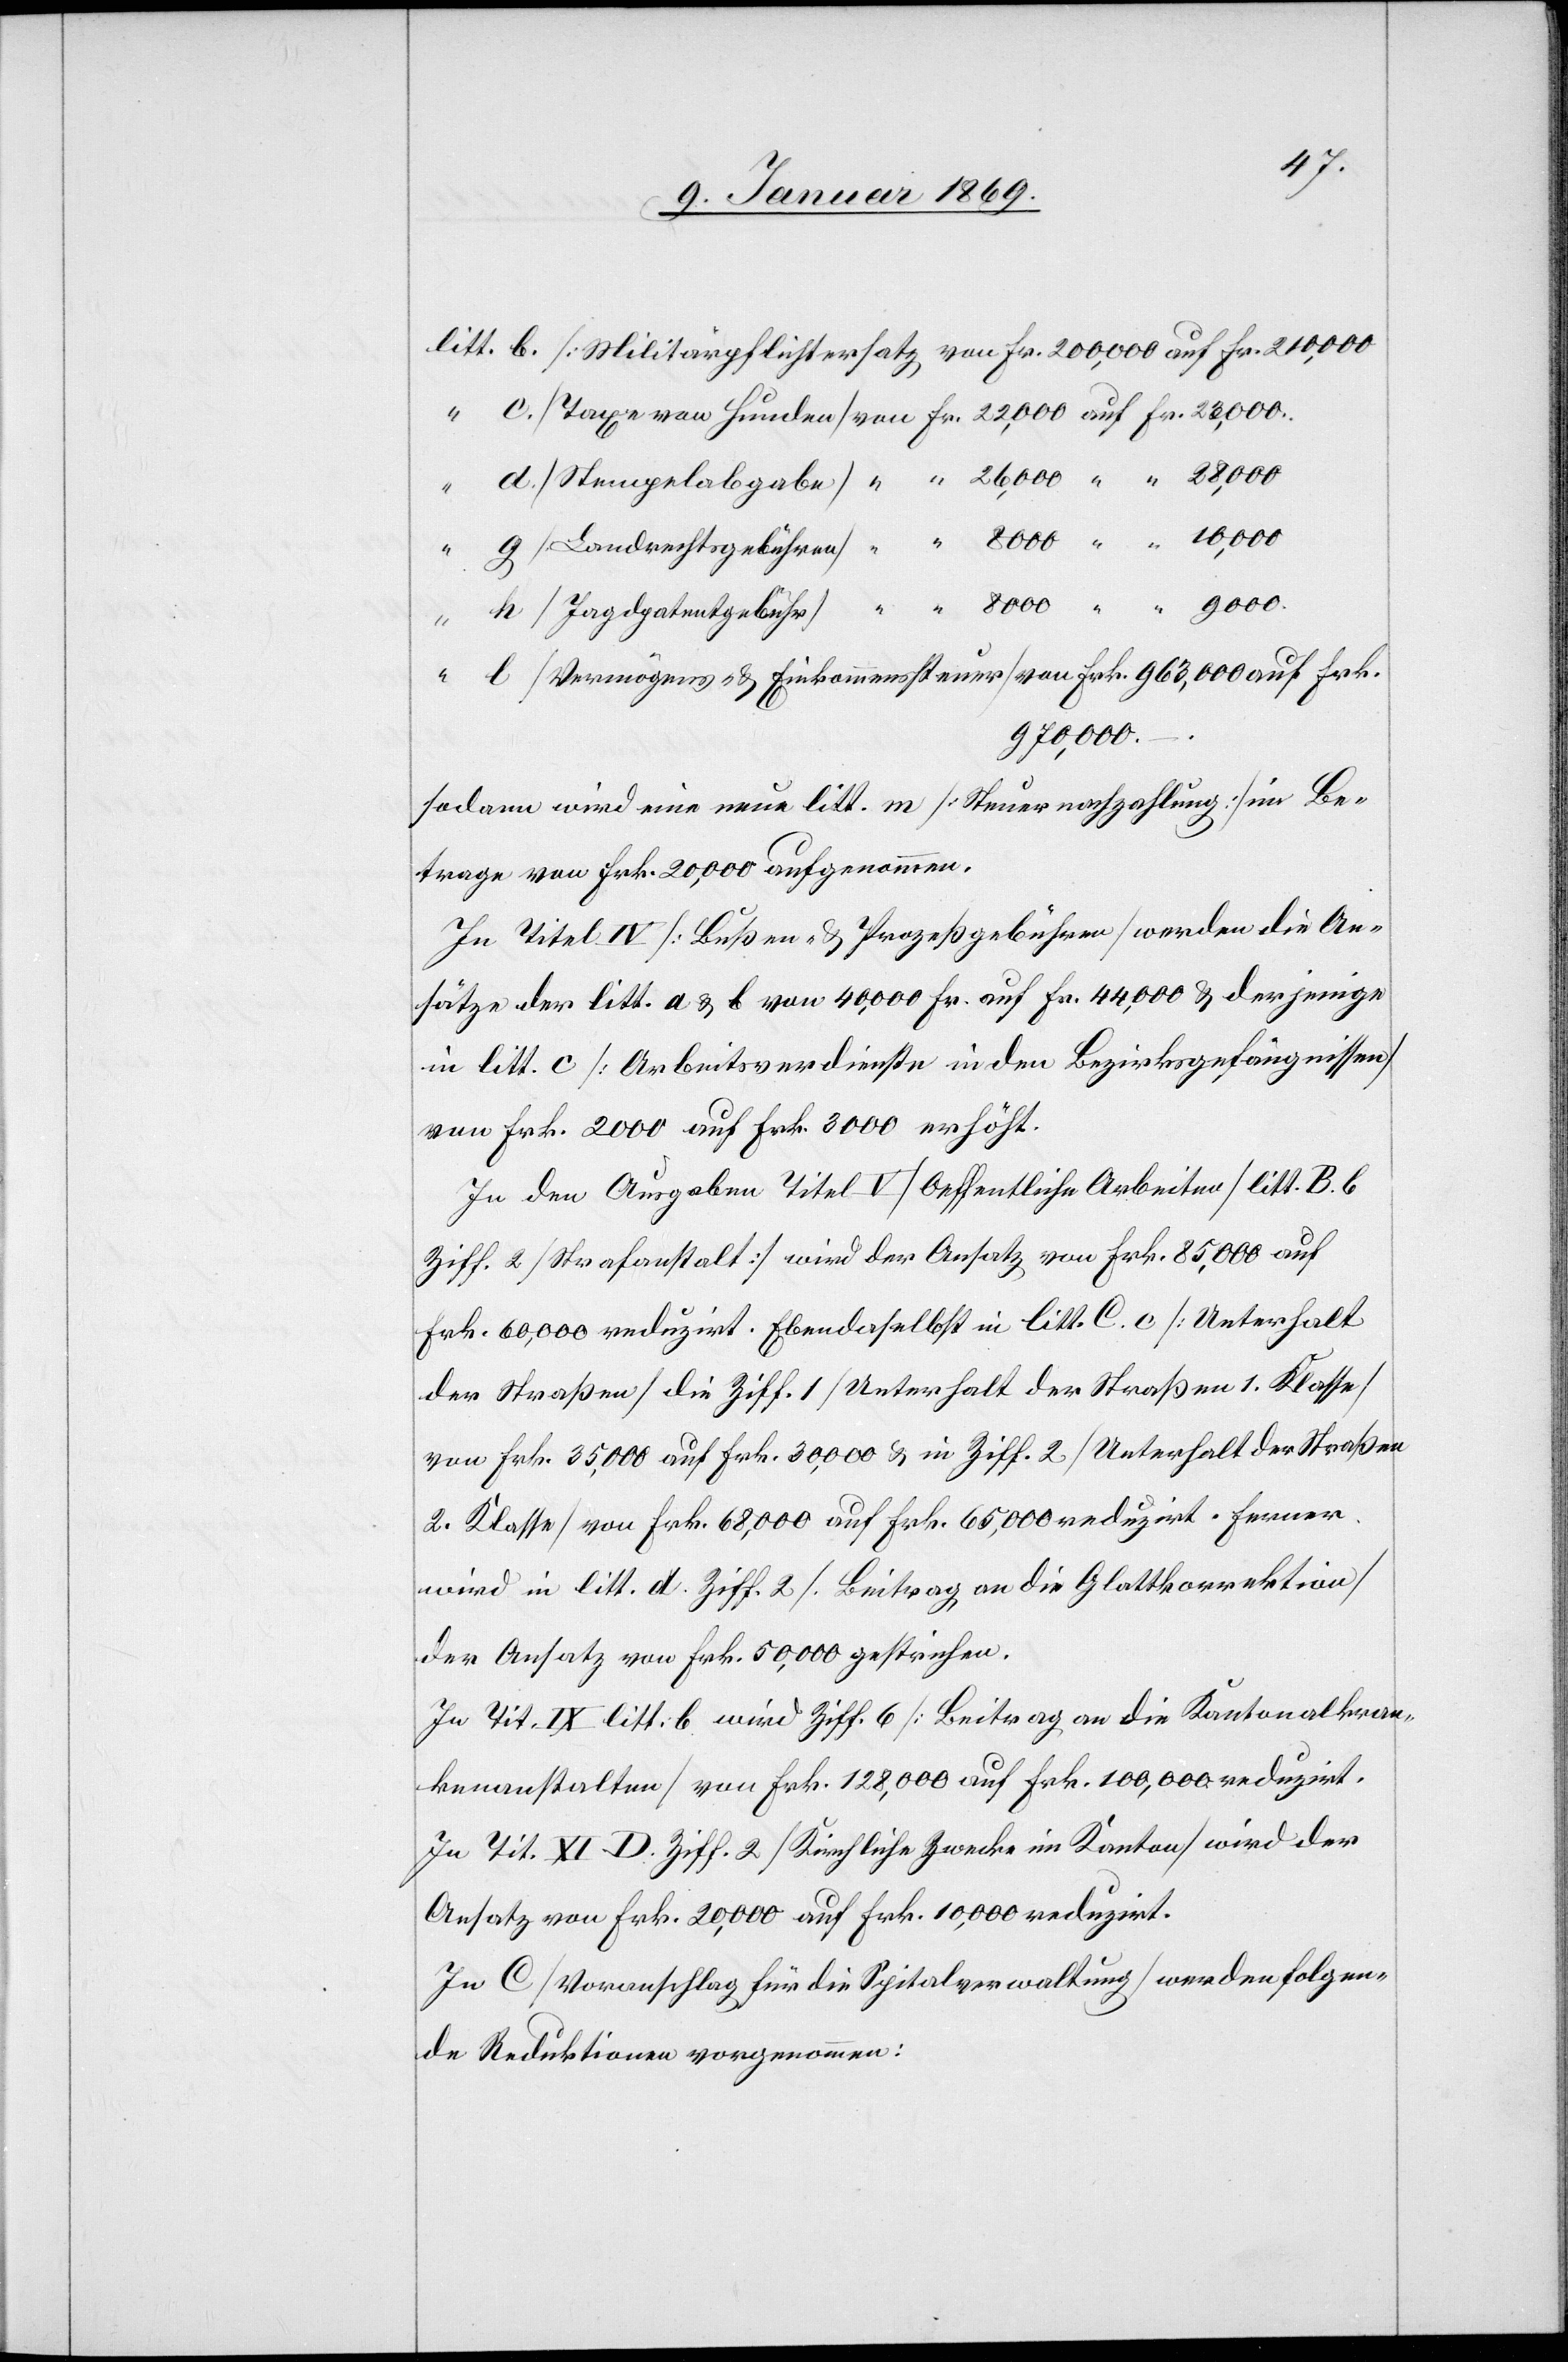
litt b. [Militärpflichtersatz]	von Fr. 200,000 auf Fr. 210,000
“	g [Landrechtsgebühren]	 “	 8000 “	 10,000
[Jagdpatentgebühr]	 “	 8000 “	 9000
“	l [Vermögens- & Einkommenssteuer] von Frk. 963,000 auf Frk.
970,000.
sodann wird eine neue litt. m [Steuernachzahlung] in Be¬
trage von Frk. 20,000 aufgenommen.
In Titel IV [Bußen- & Prozeßgebühren] werden die An¬
sätze der litt. a & b von 40,000 Fr. auf Fr. 44,000 & derjenige
in litt. c [Arbeitsverdienste in den Bezirksgefängnissen]
von Frk. 2000 auf Frk. 3000 erhöht.
In den Ausgaben Titel V [Oeffentliche Arbeiten] litt. B. b
Ziff. 2 [Strafanstalt] wird der Ansatz von Frk. 85,000 auf
Frk. 60,000 reduzirt. Ebendaselbst in litt. C. c [Unterhalt
der Straßen] die Ziff. 1 [Unterhalt der Straßen 1. Klasse]
von Frk. 35,000 auf Frk. 30,000 & in Ziff. 2 [Unterhalt der Straßen
2. Klasse] von Frk. 68,000 auf Frk. 65,000 reduzirt. Ferner
wird in litt. d Ziff. 2 [Beitrag an die Glattkorrektion]
der Ansatz von Frk. 50,000 gestrichen.
In Tit. IX litt: b wird Ziff. 6 [Beitrag an die Kantonalkran¬
kenanstalten] von Frk. 128,000 auf Frk. 100,000 reduzirt.
In Tit. XI D. Ziff. 2 [Kirchliche Zwecke im Kanton] wird der
Ansatz von Frk. 20,000 auf Frk. 10,000 reduzirt.
In C [Voranschlag für die Spitalverwaltung] werden folgen¬
de Reduktionen vorgenommen: